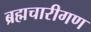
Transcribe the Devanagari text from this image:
ब्रह्मचारीगण